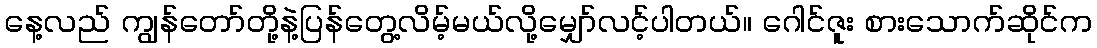
နေ့လည် ကျွန်တော်တို့နဲ့ပြန်တွေ့လိမ့်မယ်လို့မျှော်လင့်ပါတယ်။ ဂေါင်ဇူး စားသောက်ဆိုင်က